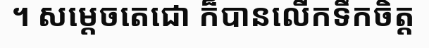
។ សម្តេចតេជោ ក៏បានលើកទឹកចិត្ត